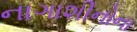
નાગાશીનોના